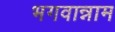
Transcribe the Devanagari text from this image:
भगवान्नाम